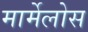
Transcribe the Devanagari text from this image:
मार्मेलोस